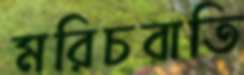
মরিচবাতি